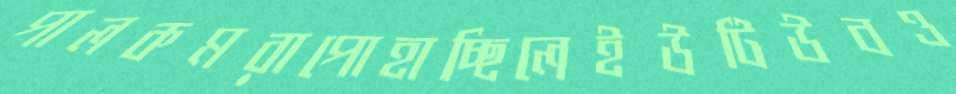
পালকমরাপোহাচ্ছিলেইউটিউবও